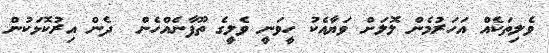
ވެލިތަކެއް އަހަރުމެން ލޮލަށް ވަޔާއެކު ހީވަނީ ވެލީގެ ތޫފާނެއްހެން  ދެން އިރުކޮޅަކުން